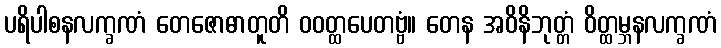
ပရိပါစနလက္ခဏံ တေဇောဓာတူတိ ဝဝတ္ထပေတဗ္ဗံ။ တေန အဝိနိဘုတ္တံ ဝိတ္ထမ္ဘနလက္ခဏံ